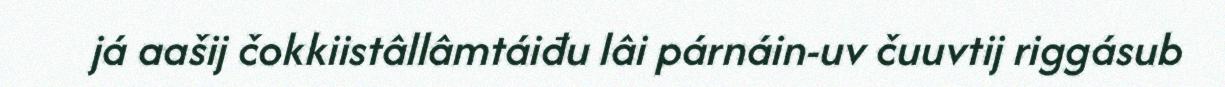
já aašij čokkiistâllâmtáiđu lâi párnáin-uv čuuvtij riggásub